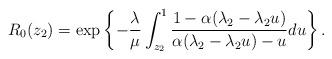
LaTeX: \begin{align*}R_0(z_2)=\exp\left\{-\frac {\lambda} {\mu}\int_{z_2}^1\frac {1-\alpha(\lambda_2-\lambda_2 u)} {\alpha(\lambda_2-\lambda_2 u)-u} du\right\}.\end{align*}